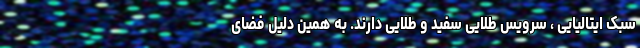
سبک ایتالیایی ، سرویس طلایی سفید و طلایی دارند. به همین دلیل فضای